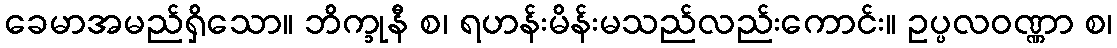
ခေမာအမည်ရှိသော။ ဘိက္ခုနီ စ၊ ရဟန်းမိန်းမသည်လည်းကောင်း။ ဥပ္ပလဝဏ္ဏာ စ၊